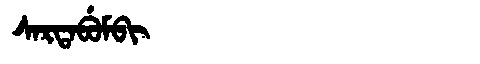
Manchu: ᠰᠠᡵᡨᠠᠪᡠᠮᠪᡳ
Romanization: SARTABUMBI